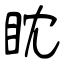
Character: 眈